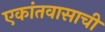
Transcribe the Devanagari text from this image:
एकांतवासाची